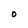
Character: O